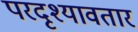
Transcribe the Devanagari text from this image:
परदृश्यावतार